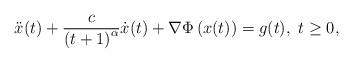
LaTeX: \begin{align*}\ddot{x}(t)+\frac{c}{\left( t+1\right) ^{\alpha}}\dot{x}(t)+\nabla\Phi\left( x(t)\right) =g(t),~t\geq0, \end{align*}